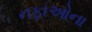
નફાઓના